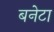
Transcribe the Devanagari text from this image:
बनेटा